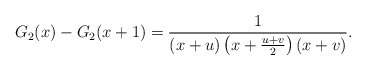
\begin{align*}G_2(x)-G_2(x+1)=\frac{1}{(x+u)\left(x+\frac{u+v}{2}\right)\left(x+v\right)} .\end{align*}